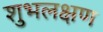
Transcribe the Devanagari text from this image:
शुभलक्षण